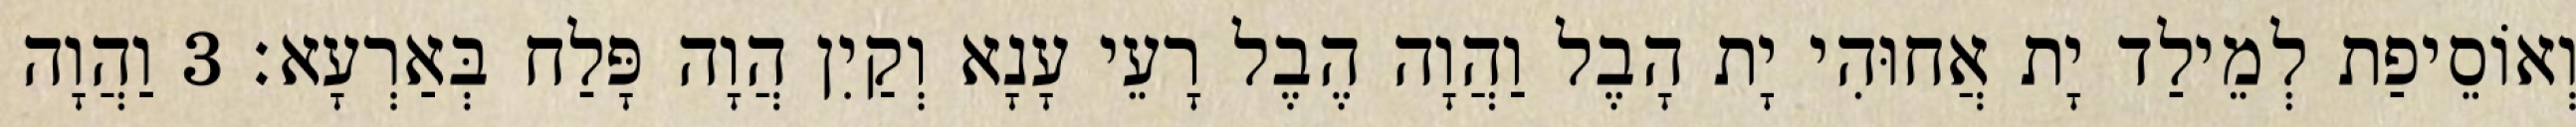
וְאוֹסֵיפַת לְמֵילַד יָת אֲחוּהִי יָת הָבֶל וַהֲוָה הֶבֶל רָעֵי עָנָא וְקַיִן הֲוָה פָּלַח בְּאַרְעָא׃ 3 וַהֲוָה